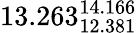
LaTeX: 13.263_{12.381}^{14.166}